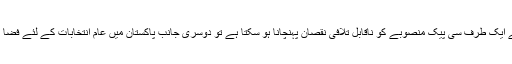
حسن اقبال پر قاتلانہ حملہ کر کے ایک طرف سی پیک منصوبے کو ناقابل تلافی نقصان پہنچانا ہو سکتا ہے تو دوسری جانب پاکستان میں عام انتخابات کے لئے فضا کو تار تار کرنا بھی ہو سکتا ہے۔